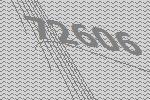
72606